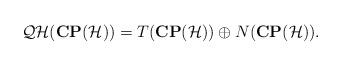
LaTeX: \begin{align*}{\cal QH}({\bf CP}({\cal H}))=T({\bf CP}({\cal H}))\oplus N({\bf CP}({\cal H})).\end{align*}